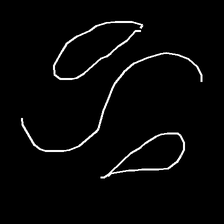
Glyph: water